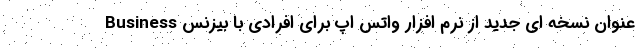
Business عنوان نسخه ای جدید از نرم افزار واتس اپ برای افرادی با بیزنس